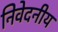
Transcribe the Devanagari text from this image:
निवेदनीय